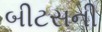
બીટસની